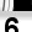
Digit: 6